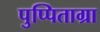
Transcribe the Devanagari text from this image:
पुप्पिताग्रा